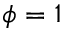
\phi = 1